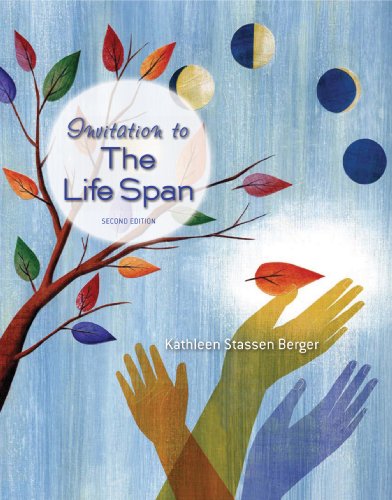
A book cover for Invitation to the Life Span; Kathleen Stassen Berger; Health, Fitness & Dieting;